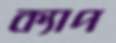
ক্যাপ